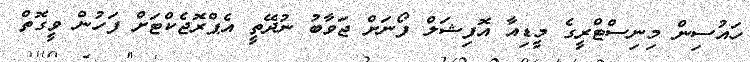
ހައުސިން މިނިސްޓްރީގެ މީޑިއާ އޮފިޝަލް ފޯނަށް ޖަވާބު ނުދޭތީ އެޕްރޮޖެކްޓަށް ފަހުން ވީގޮތް